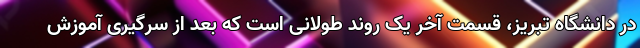
در دانشگاه تبریز، قسمت آخر یک روند طولانی است که بعد از سرگیری آموزش